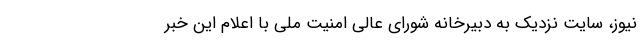
نیوز، سایت نزدیک به دبیرخانه شورای عالی امنیت ملی با اعلام این خبر